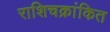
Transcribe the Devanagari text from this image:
राशिचक्रांकित